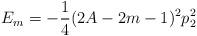
LaTeX: \begin{align*}E_m=-\frac{1}{4}(2A-2m-1)^2p_2^2\end{align*}